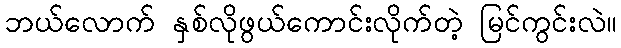
ဘယ်လောက် နှစ်လိုဖွယ်ကောင်းလိုက်တဲ့ မြင်ကွင်းလဲ။